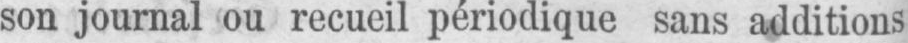
son journal ou recueil périodique sans additions